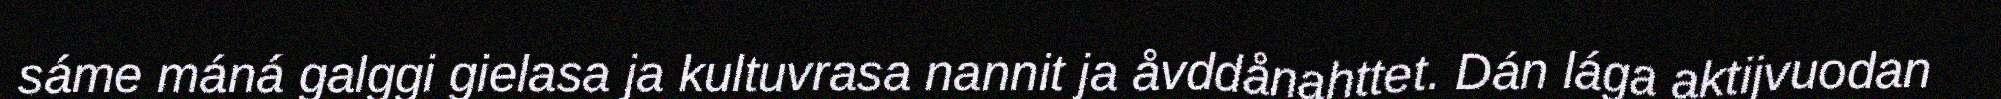
sáme máná galggi gielasa ja kultuvrasa nannit ja åvddånahttet. Dán lága aktijvuodan